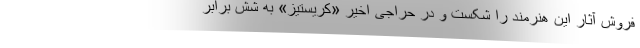
فروش آثار این هنرمند را شکست و در حراجی اخیر «کریستیز» به شش برابر